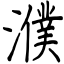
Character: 濮